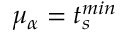
\mu _ { \alpha } = t _ { s } ^ { m i n }